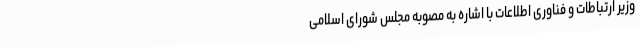
وزیر ارتباطات و فناوری اطلاعات با اشاره به مصوبه مجلس شورای اسلامی